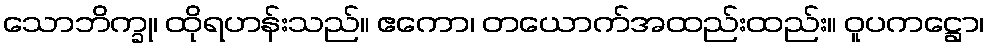
သောဘိက္ခု၊ ထိုရဟန်းသည်။ ဧကော၊ တယောက်အထည်းထည်း။ ဝူပကဋ္ဌော၊